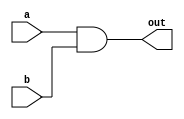
module and_array (out, a, b) ;
	input [31:0] a, b ;
	output [31:0] out ;
	
	assign {out} = a & b ;
endmodule